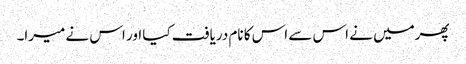
پھرمیں نے اس سے اس کا نام دریافت کیا اور اس نے میرا۔